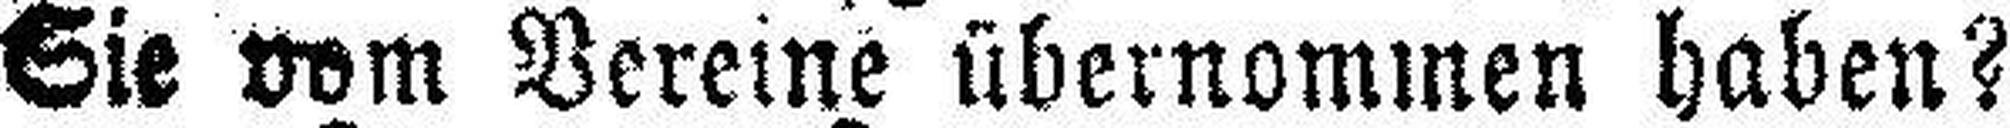
Sie vom Vereine übernommen haben?